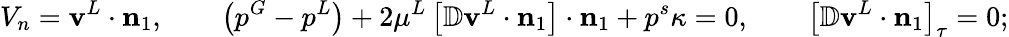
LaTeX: V_{n}=\mathbf{v}^{L}\cdot\mathbf{n}_{1},\qquad\left(p^{G}-p^{L}\right)+2\mu^{L}\left[\mathbb{D}\mathbf{v}^{L}\cdot\mathbf{n}_{1}\right]\cdot\mathbf{n}_{1}+p^{s}\kappa=0,\qquad\left[\mathbb{D}\mathbf{v}^{L}\cdot\mathbf{n}_{1}\right]_{\tau}=0;